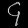
Digit: ၄